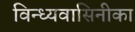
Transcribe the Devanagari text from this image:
विन्ध्यवासिनीका